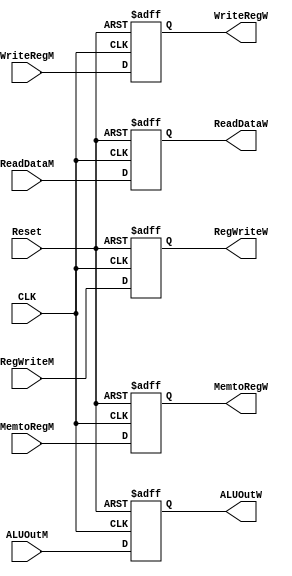
module Write_back_reg (
    // input & output ports
    input   wire              CLK,
    input   wire              Reset,
    input   wire     [4:0]    WriteRegM,
    input   wire     [31:0]   ALUOutM,
    input   wire     [31:0]   ReadDataM,
    input   wire              RegWriteM,
    input   wire              MemtoRegM,
    output  reg      [4:0]    WriteRegW,
    output  reg      [31:0]   ALUOutW,
    output  reg      [31:0]   ReadDataW,
    output  reg               RegWriteW,
    output  reg               MemtoRegW
);

always @(posedge CLK, negedge Reset) begin
    if (!Reset) begin
        WriteRegW  <= 0;
        ALUOutW    <= 0;
        ReadDataW  <= 0;
        RegWriteW  <= 0;
        MemtoRegW  <= 0;
    end
    else begin
        WriteRegW  <= WriteRegM;
        ALUOutW    <= ALUOutM;
        ReadDataW  <= ReadDataM;
        RegWriteW  <= RegWriteM;
        MemtoRegW  <= MemtoRegM;
    end

end
    
endmodule